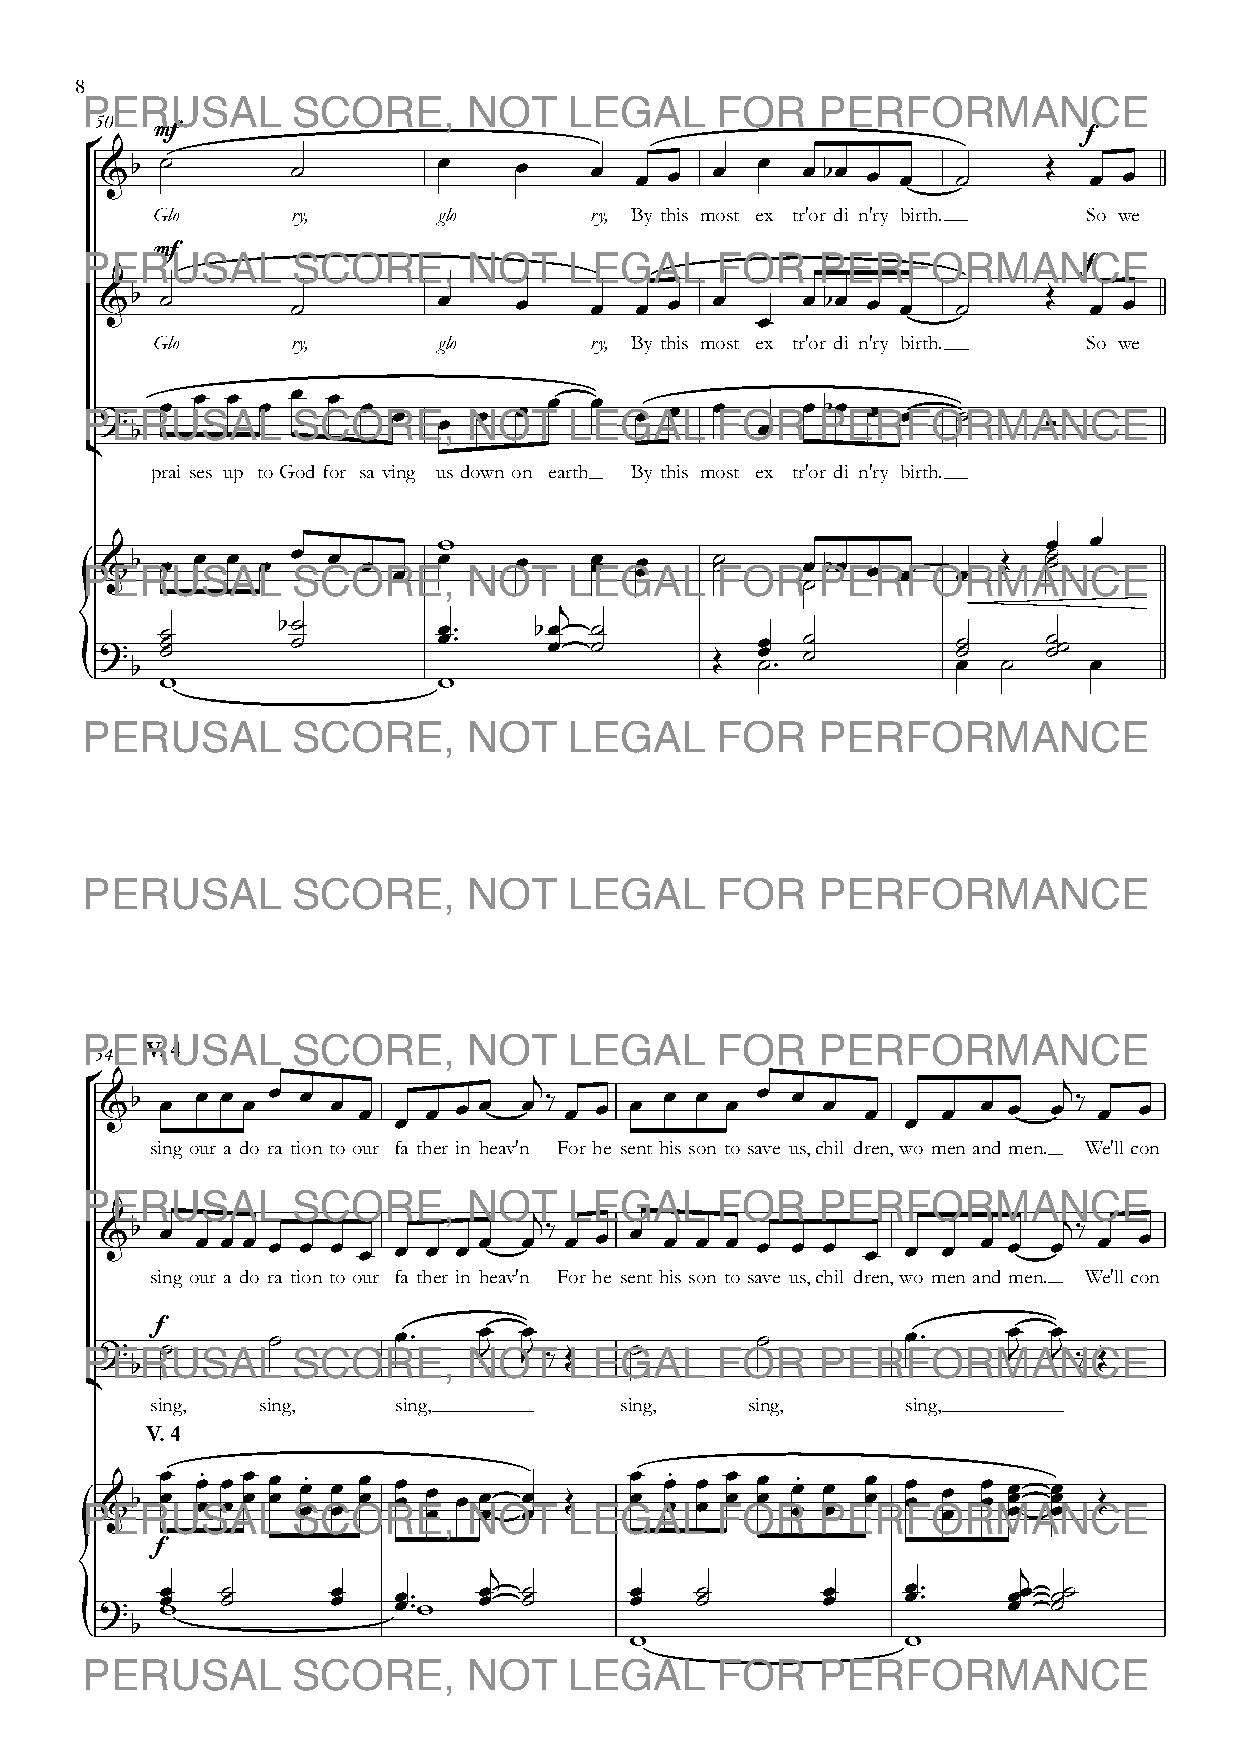
8
 50
 °   mf                                                            f
 &b  ˙       ˙         œ    œ    œ  œ œ  œ  œ  œ bœ œ œ  ˙     Œ  œ œ
 Glo  -   ry,       glo  -    ry, By this most ex-tr'or-di-n'ry birth. So we
 mf
 f
 &b  ˙       ˙         œ    œ    œ  œ œ  œ     œ bœ œ œ  ˙     Œ  œ œ
 œ
 Glo  -   ry,       glo  -    ry, By this most ex-tr'or-di-n'ry birth. So we
 ?   œ œ œ œ œ  œ œ œ     œ œ œ  œ  œ œ  œ     œ bœ œ œ  ˙
 b                   œ                    œ                  Ó
 ¢
 prai-ses up toGod for sa-ving us down on earth By this most ex-tr'or-di-n'ry birth.
 w                                       œ  œ
 &b  œ œ œ œ œ  œ œ œ  œ    œ    œ œ œ œ ˙ ˙   œ bœ œ œ  œ  Œ  ˙ ˙
 {                                               ˙
 j
 ?
 b
 ˙˙˙    b ˙˙       œœ ™™ b œœ ˙˙
 Œ
 œœ
 ˙™
 ˙˙        ˙˙
 œ  ˙
 ˙˙ ˙
 œ
 w                 w
 V. 4
 54
 ° &b œ œ œ œ œ œ œ œ  œ œ œ  œj ‰ œ œ œ œ œ œ œ œ œ œ   œ  œ œ  œj ‰ œ œ
 œ                                 œ
 sing our a-do-ra-tion to our fa-ther in heav'n For he sent his son to save us,chil-dren,wo-men and men. We'll con
 &b  œ œ œ œ œ œ œ œ œ œ œ œ œj ‰ œ œ œ œ œ œ œ œ œ œ œ œ  œ œ  œj‰ œ œ
 sing our a-do-ra-tion to our fa-ther in heav'n For he sent his son to save us,chil-dren,wo-men and men. We'll con
 ?  f˙      ˙       œ™    œ J œ J ‰ Œ ˙     ˙         œ™     œ J œ J ‰ Œ
 b
 ¢
 sing,  sing,    sing,          sing,   sing,      sing,
 V. 4
 &b  œ œ œ œ. œ œ œ œ œ œ œ œ. œ œ œ œ œ œ œ œ œ œ œ œœ Œ œ œ œ œ. œ œ œ œ œ œ œ œ. œ œ œ œ œ œ œ œ œ œ œ œ œ œ œ œ Œ
 {
 f
 j                                  j
 ?
 œœ
 w
 ˙˙     œœ  œœ ™™
 w
 œœ ˙˙     œœ  ˙˙      œœ    œœ ™™  œœœ ˙˙˙
 b
 w                 w